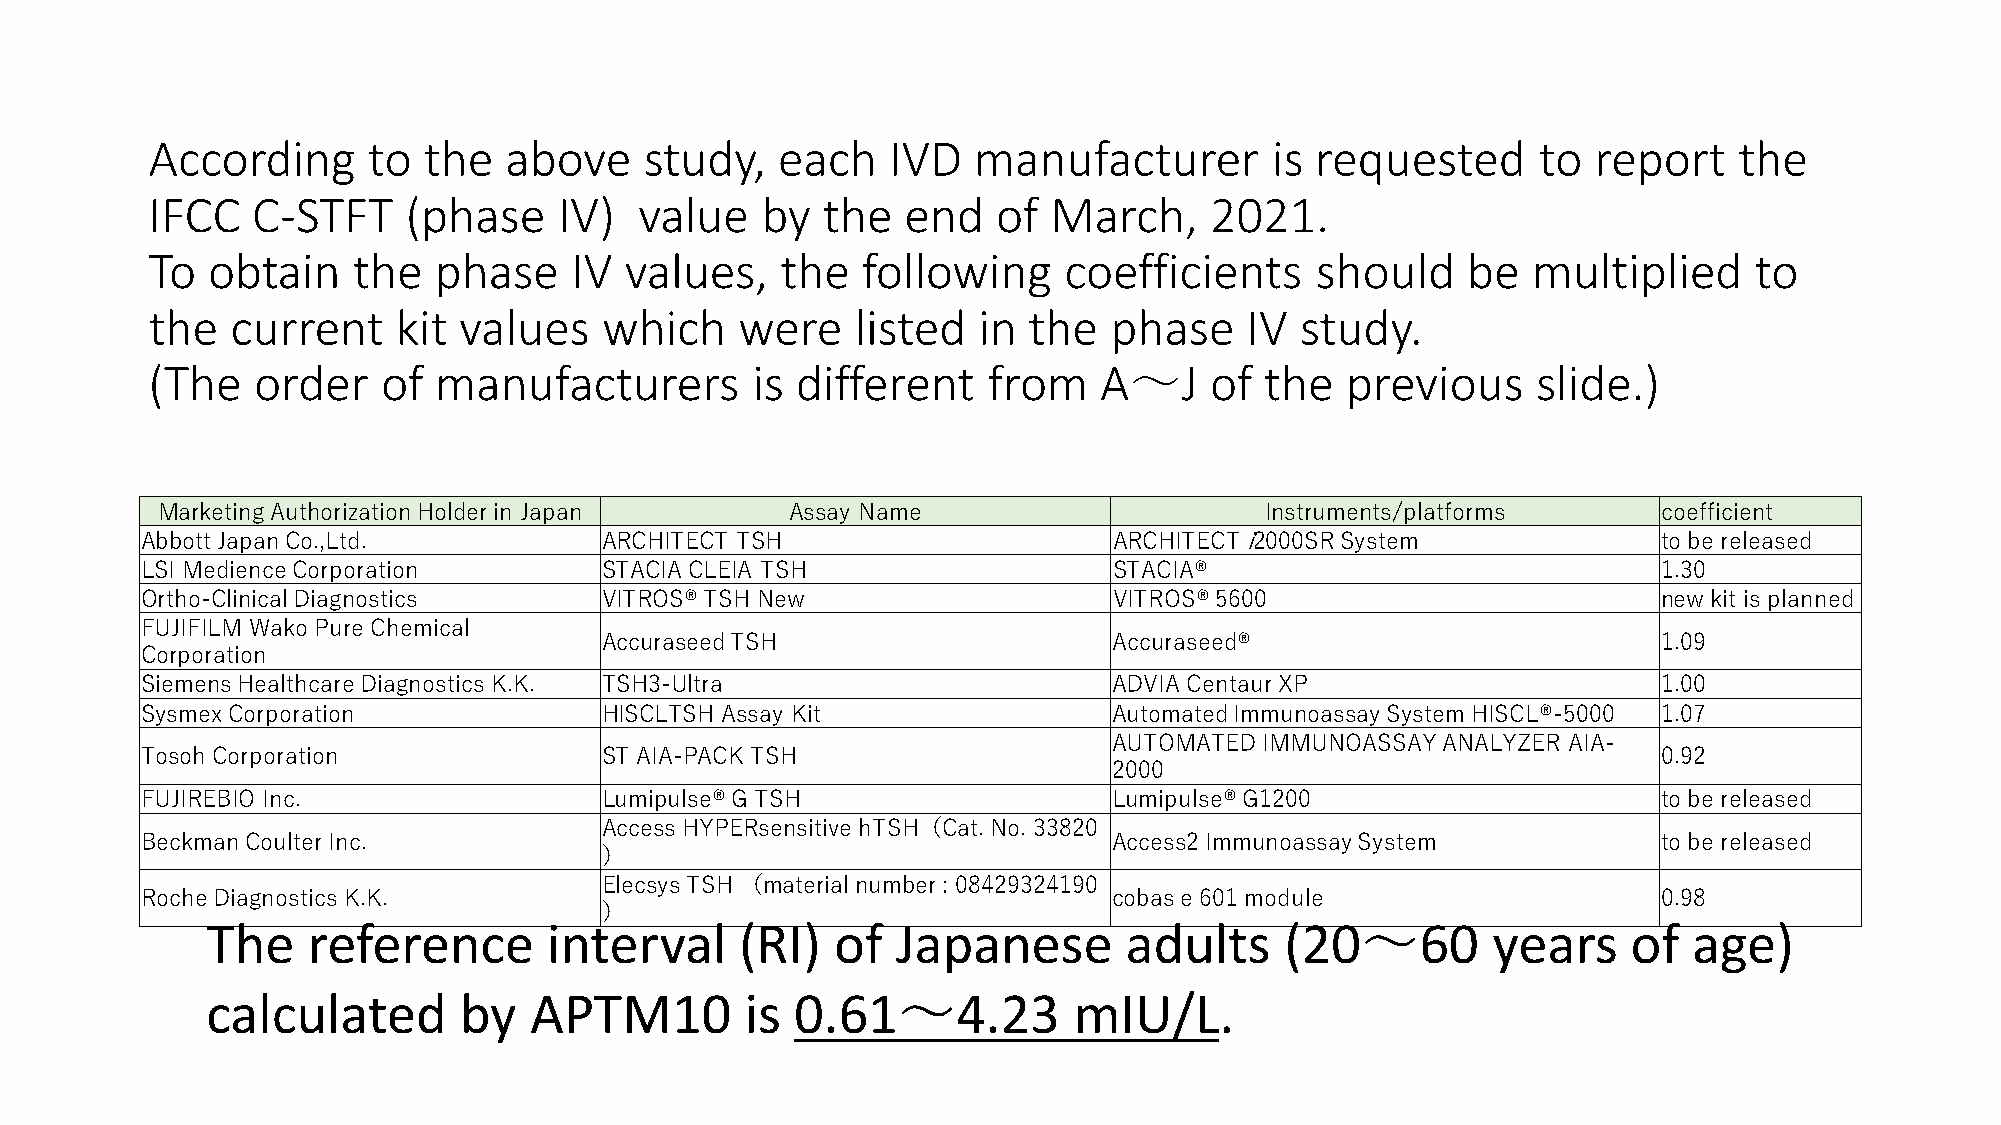
According     to  the  above     study,  each    IVD  manufacturer        is requested      to report    the
 IFCC   C-STFT    (phase    IV)  value   by  the   end   of  March,    2021.
 To  obtain   the   phase    IV values,    the  following    coefficients     should    be  multiplied     to
 the  current    kit values    which    were    listed  in the  phase    IV  study.
 (The   order   of  manufacturers        is different   from    A～J    of  the  previous     slide.)
 Marketing Authorization Holder in Japan   Assay Name                      Instruments/platforms     coefficient
 Abbott Japan Co.,Ltd.          ARCHITECT TSH                     ARCHITECT i2000SR System            to be released
 LSI Medience Corporation       STACIA CLEIA TSH                  STACIA®                             1.30
 Ortho-Clinical Diagnostics     VITROS® TSH New                   VITROS® 5600                        new kit is planned
 FUJIFILM Wako Pure Chemical
 Accuraseed TSH                    Accuraseed®                         1.09
 Corporation
 Siemens Healthcare Diagnostics K.K. TSH3-Ultra                   ADVIA Centaur XP                    1.00
 Sysmex Corporation             HISCLTSH Assay Kit                Automated Immunoassay System HISCL®-5000 1.07
 AUTOMATED IMMUNOASSAY ANALYZER AIA-
 Tosoh Corporation              ST AIA-PACK TSH                                                       0.92
 2000
 FUJIREBIO Inc.                 Lumipulse® G TSH                  Lumipulse® G1200                    to be released
 Access HYPERsensitive hTSH（Cat. No. 33820
 Beckman Coulter Inc.                                             Access2 Immunoassay System          to be released
 ）
 Elecsys TSH （material number : 08429324190
 Roche Diagnostics K.K.                                           cobas e 601 module                  0.98
 ）
 The   reference       interval     (RI)  of  Japanese       adults     (20～60        years    of  age)
 calculated      by   APTM10        is  0.61～4.23         mIU/L.